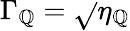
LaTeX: \Gamma_{\mathbb{Q}}=\sqrt{}{{\eta_{\mathbb{Q}}}}